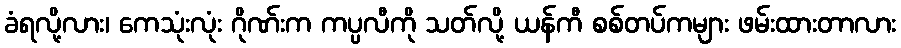
ခံရလို့လား၊ ကေသုံးလုံး ဂိုဏ်းက ကပ္ပလီကို သတ်လို့ ယန်ကီ စစ်တပ်ကများ ဖမ်းထားတာလား